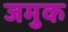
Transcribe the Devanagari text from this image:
जमुक